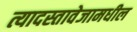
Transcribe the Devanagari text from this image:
त्यादस्तावेजामधील